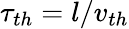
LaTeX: \tau_{th}=l/v_{th}